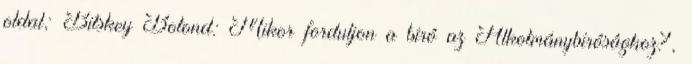
oldal; Bitskey Botond: Mikor forduljon a bíró az Alkotmánybírósághoz?,